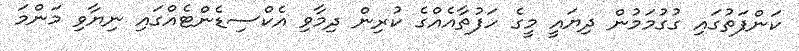
ކަންފަތުގައި ގުގުމަމުން ދިޔައީ މީގެ ހަފުތާއެއްގެ ކުރިން ދިމާވި އެކްސިޑެންޓެއްގައި ނިޔާވި މަންމަ